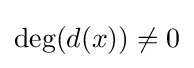
\deg(d(x))\neq 0